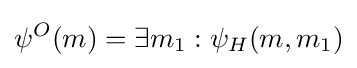
\psi ^{O}(m)=\exists m_{1}:\psi _{H}(m,m_{1})